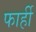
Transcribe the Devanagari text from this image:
फार्ही